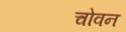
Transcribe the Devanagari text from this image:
चोवन